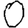
Digit: 0